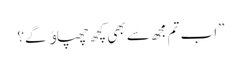
”اب تم مجھ سے بھی کچھ چھپاﺅ گے؟